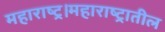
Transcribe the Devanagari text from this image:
महाराष्ट्र।महाराष्ट्रातील